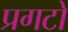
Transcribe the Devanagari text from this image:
प्रगटो